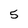
Character: 5